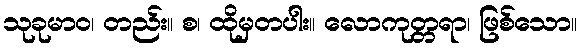
သုခုမာဝ၊ တည်း။ စ၊ ထိုမှတပါး။ လောကုတ္တရာ၊ ဖြစ်သော။